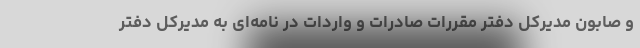
و صابون مدیرکل دفتر مقررات صادرات و واردات در نامه‌ای به مدیرکل دفتر